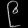
Digit: ၉